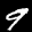
Label: 9